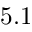
5 . 1